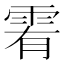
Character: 䨖